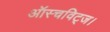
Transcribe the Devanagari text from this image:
ऑस्चविट्ज।